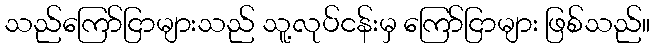
သည်ကြော်ငြာများသည် သူ့လုပ်ငန်းမှ ကြော်ငြာများ ဖြစ်သည်။